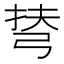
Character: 𢏪